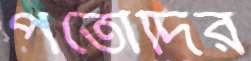
পতৌদির